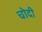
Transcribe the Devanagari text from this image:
चोदी